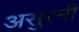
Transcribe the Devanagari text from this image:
असुरनी